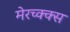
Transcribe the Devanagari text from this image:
मेरच्क्क्स